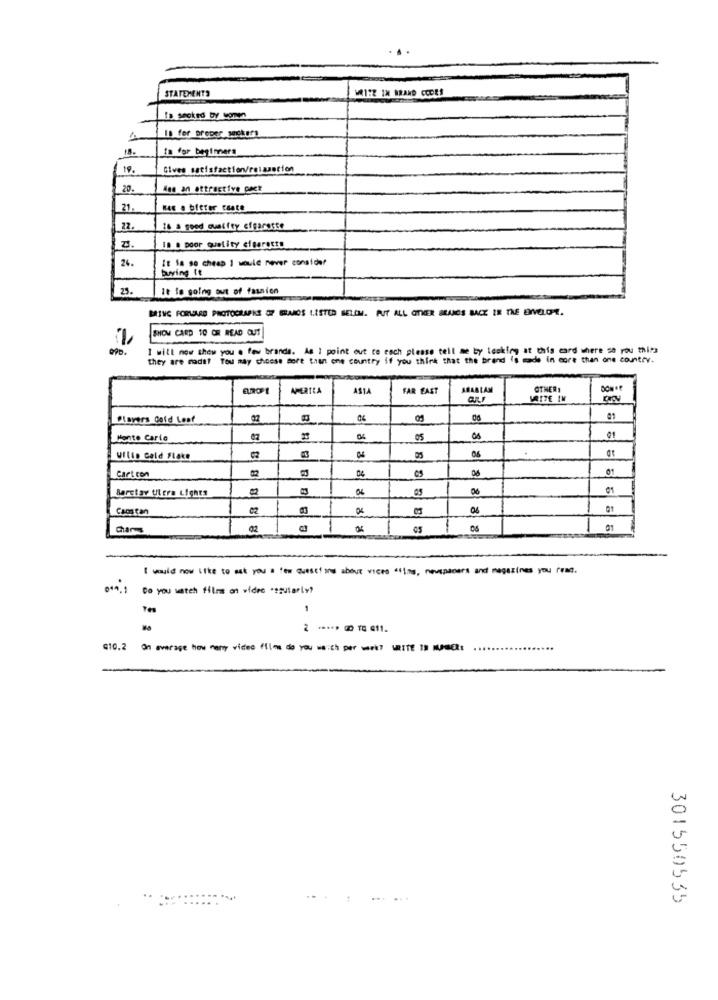
MAITE IN BRAND CODES
STATEMENTS
In for proper wickers
Is for beginners
Gives satisfaction/reisancien
20.
Mes an attractive pact
Kes a bitter cente
22.
16 a good quaifey effacerte
IL & poor quality cigaretts
24.
It Sa so cheap I would never consider
During It
23.
It fe going out of fasnion
BRING FORWARD PHOTOGRAPHS OF GRAMOS LISTED BELOW. PUT ALL OTHER BRANDS BACK IN THE ENVELOR.
SHOW CARD 10 OR READ OUT
I will now show you . few brands. As 1 point out to each please tell me by looking at this card where so rou thiss
they are nadet
Tou may choose more than one country if you think that the brand is made in more than one country.
AMERICA
ASIA
FAR EAST
ARABIAN
OTHERS
WRITE IM
Players Cold Leaf
Monte Carlo
05
01
Ullis Geld Flake
at
01
Cart con
Borstar Ut era Lights
06
06
01
Camatan
01
Cham
02
01
I would now like to met you a few Questions about vices "jos, nouspacers and magazines you read.
Do you watch films on vidre *szularly?
1
2 ***** @ T 411.
G10.2
On average how many video film do you woich per week? WRITE IN Muset
301550535